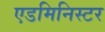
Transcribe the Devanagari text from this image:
एडमिनिस्टर